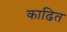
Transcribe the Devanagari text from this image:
काढित